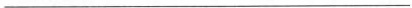
___